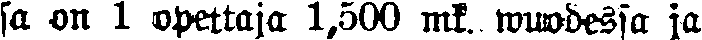
sa on 1 opettaja 1,500 mk. wuodessa ja